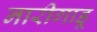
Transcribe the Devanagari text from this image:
नारीगाडू